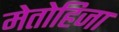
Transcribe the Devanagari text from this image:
मेतोहिजा